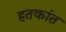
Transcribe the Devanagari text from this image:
हतकांत